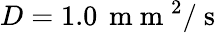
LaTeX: D=1.0\, \mathrm{~m~m~}^{2}/\mathrm{~s~}